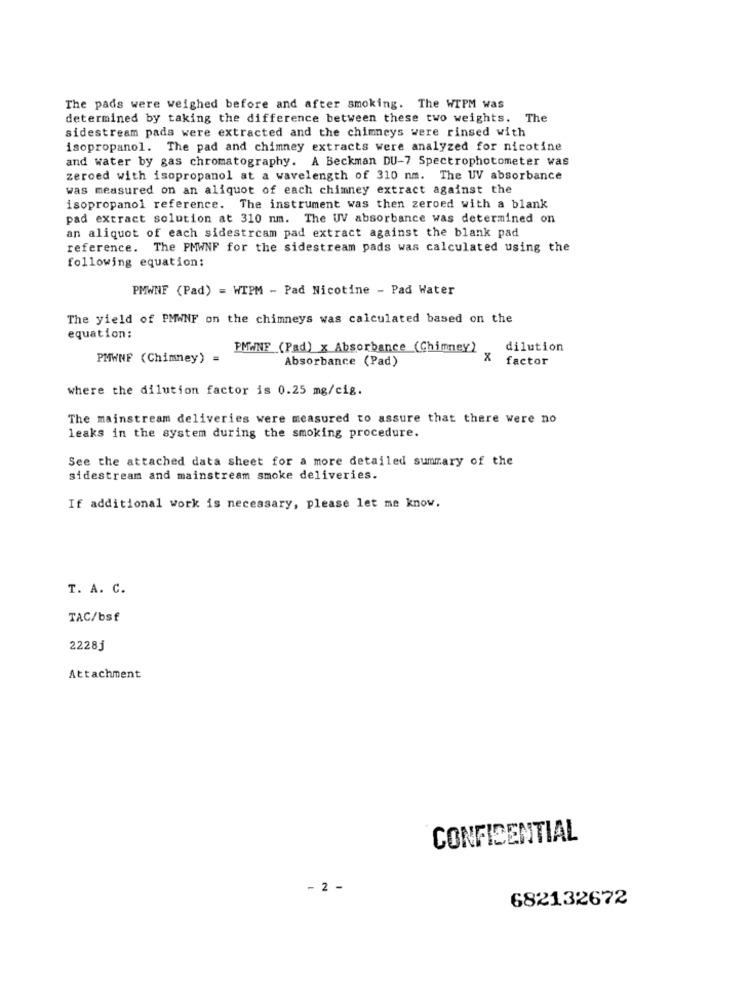
The pads were weighed before and after smoking. The WIPM was
determined by taking the difference between these two weights. The
sidestream pada were extracted and the chimneys were rinsed with
isopropanol. The pad and chimney extracts were analyzed for nicotine
and water by gas chromatography. A Beckman DU-7 Spectrophotometer was
zeroed with isopropanol at a wavelength of 310 nm. The UV absorbance
was measured on an aliquot of each chimney extract against the
isopropanol reference. The instrument was then zeroed with a blank
pad extract solution at 310 nm. The UV absorbance was determined on
an aliquot of each sidestream pad extract against the blank pad
reference. The PMWNF for the sidestream pads was calculated using the
following equation;
PMWNF (Pad) = WIPM - Pad Nicotine - Pad Water
The yield of PMWNF on the chimneys was calculated based on the
equation :
PMWNF (Pad) x Absorbance (Chimney)
dilution
PMWNF (Chimney) =
Absorbance (Pad)
X
factor
where the dilution factor is 0.25 mg/cig.
The mainstream deliveries were measured to assure that there were no
leaks in the system during the smoking procedure.
See the attached data sheet for a more detailed summary of the
sidestream and mainstream smoke deliveries.
If additional work is necessary, please let me know.
T. A. C.
TAC/bsf
2228j
Attachment
CONFIDENTIAL
- 2 -
682132672